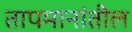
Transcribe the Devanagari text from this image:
तापमानांतील